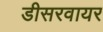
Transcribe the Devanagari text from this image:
डीसरवायर